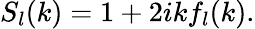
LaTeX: {}S_{l}(k)=1+2ikf_{l}(k).